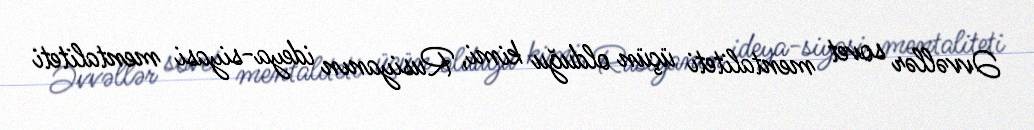
Əvvəllər sovet mentaliteti üçün olduğu kimi, Rusiyanın ideya-siyasi mentaliteti